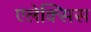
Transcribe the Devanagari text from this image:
एलेक्‍सिस